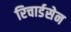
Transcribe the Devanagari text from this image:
रिचार्डसेन